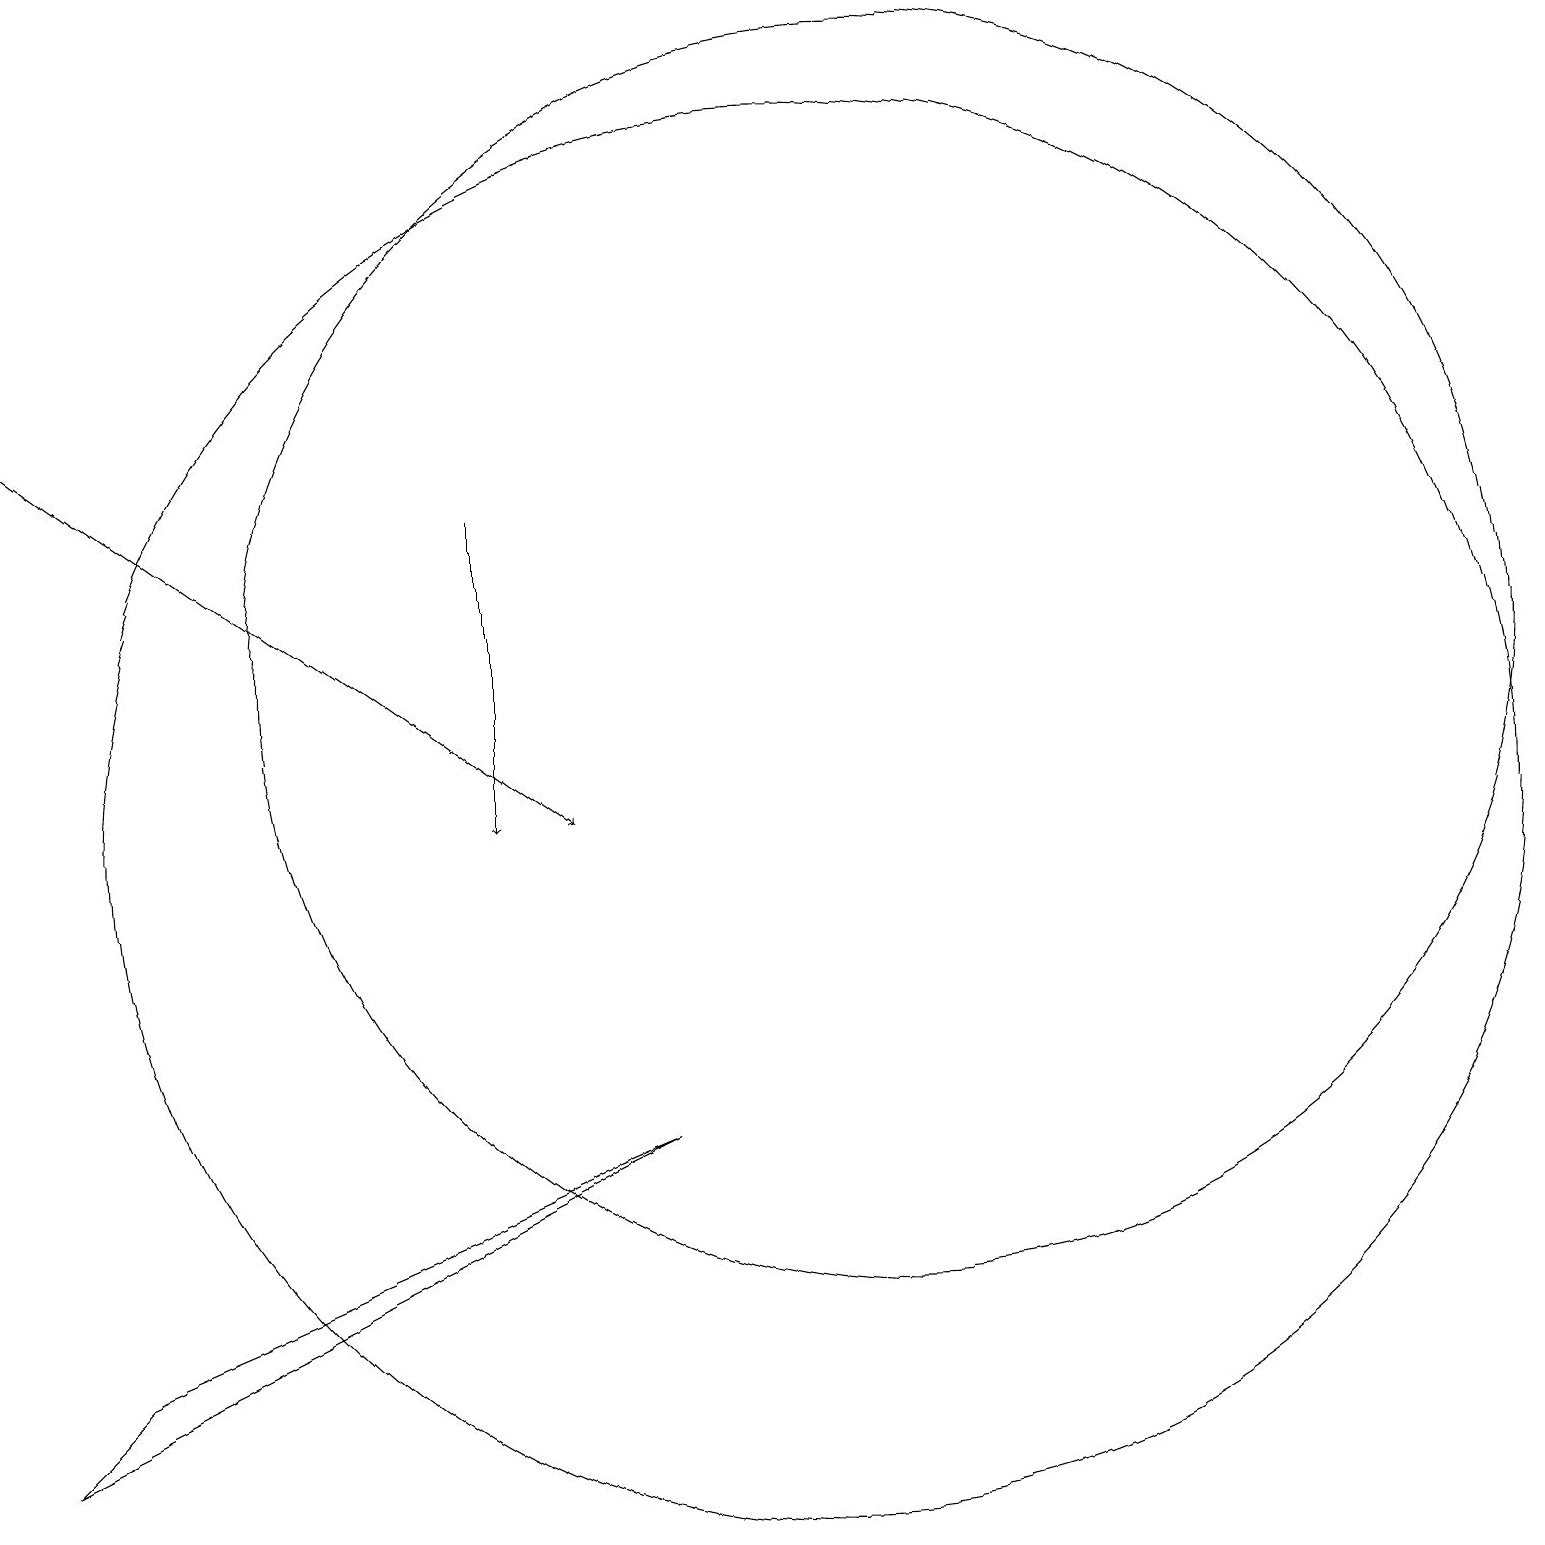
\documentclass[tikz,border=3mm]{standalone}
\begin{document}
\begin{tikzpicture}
\draw[->] (7,14) -- (7,10);
\draw (11,10) circle (9);
\draw[->] (1,15) -- (8,10);
\draw (12,12) circle (8);
\draw (9,6) -- (2,3) -- (1,2) -- cycle;
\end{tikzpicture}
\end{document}